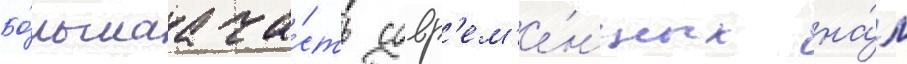
Бо́льшаа ча́сть совр'ем'е́нных на́м